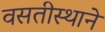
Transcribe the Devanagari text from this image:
वसतीस्थाने